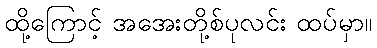
ထို့ကြောင့် အအေးတို့စ်ပုလင်း ထပ်မှာ။